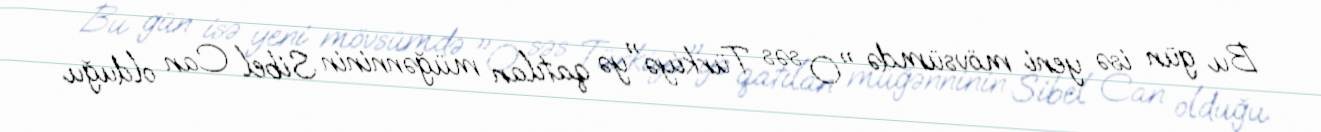
Bu gün isə yeni mövsümdə "O səs Türkiyə"yə qatılan müğənninin Sibel Can olduğu